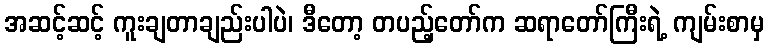
အဆင့်ဆင့် ကူးချတာချည်းပါပဲ၊ ဒီတော့ တပည့်တော်က ဆရာတော်ကြီးရဲ့ ကျမ်းစာမှ